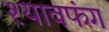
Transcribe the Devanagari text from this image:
श्यावफंग